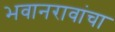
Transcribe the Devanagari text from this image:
भवानरावांचा